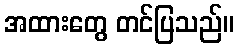
အထားတွေ တင်ပြသည်။